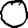
Digit: 0